Senior Leaving Certificate Examination (including Day School Certificate (Higher) General paper), 1948
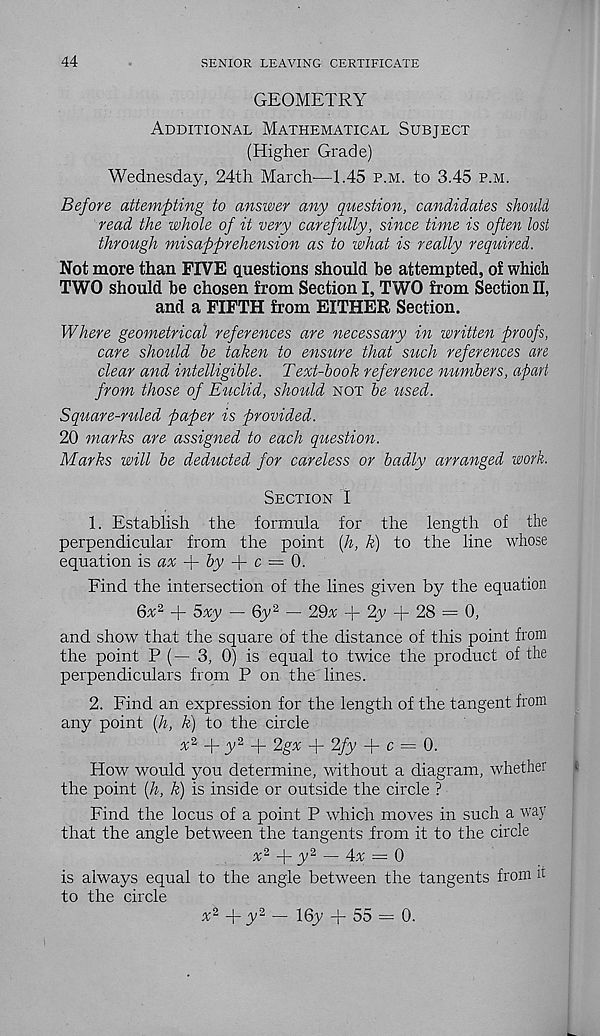
44
SENIOR LEAVING CERTIFICATE
GEOMETRY
Additional Mathematical Subject
(Higher Grade)
Wednesday, 24th March—1.45 p.m. to 3.45 p.m.
Before attempting to answer any question, candidates should
read the whole of it very carefully, since time is often lost
through misapprehension as to what is really required.
Not more than FIVE questions should be attempted, of which
TWO should be chosen from Section I, TWO from Section II,
and a FIFTH from EITHER Section.
Where geometrical references are necessary in written proofs,
care should be taken to ensure that such references are
clear and intelligible. Text-book reference numbers, apart
from those of Euclid, should not be used.
Square-ruled paper is provided.
20 marks are assigned to each question.
Marks will be deducted for careless or badly arranged work.
Section I
1. Establish the formula for the length of the
perpendicular from the point [h, k) to the line whose
equation is ax T by -\- c = 0.
Find the intersection of the lines given by the equation
6a 2 + 5xy — 6y 2 — 29^ + 2y + 28 = 0,
and show that the square of the distance of this point from
the point P (— 3, 0) is equal to twice the product of the
perpendiculars from P on the lines.
2. Find an expression for the length of the tangent from
any point (h, k) to the circle
x 2 + y 2 + 2gx + 2fy + c = 0.
How would you determine, without a diagram, whether
the point (h, k) is inside or outside the circle ?
Find the locus of a point P which moves in such a way
that the angle between the tangents from it to the circle
% 2 + y 2 — 4a = 0
is always equal to the angle between the tangents from i 1
to the circle
a 2 -j“ y 2 — 16y + 55 = 0.